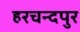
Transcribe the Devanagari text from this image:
हरचन्‍दपुर